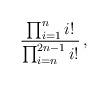
LaTeX: \begin{align*}{\prod_{i=1}^n i!\over\prod_{i=n}^{2n-1}i!}\,,\end{align*}